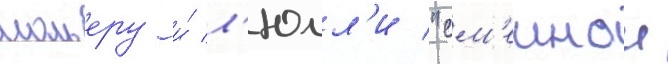
мольеру и́ л'юлл'и "см'ешнои